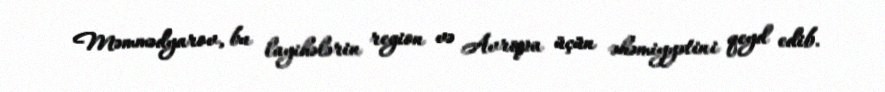
Məmmədyarov, bu layihələrin region və Avropa üçün əhəmiyyətini qeyd edib.